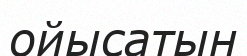
ойысатын